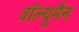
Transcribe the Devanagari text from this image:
वॉल्यूमैन